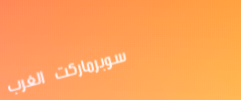
سوبرماركت الغرب